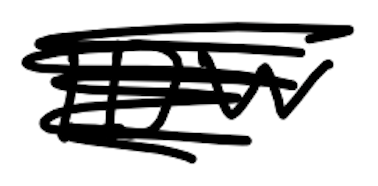
Text: IDW
Cross-out: scratch
Writing tool: digital_black